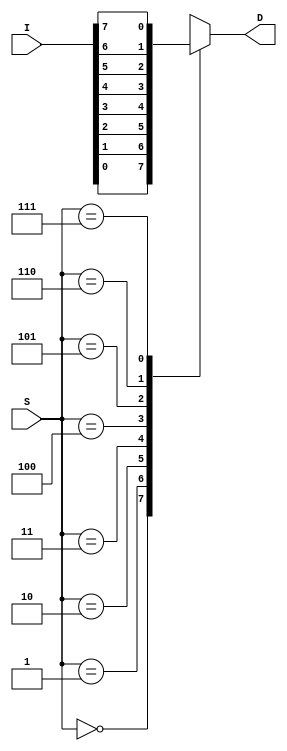
module mux8_1 (I, S, D);
input [7:0] I;
input [2:0] S;
output D;
reg D;
always @ (I, S)
begin
 case(S)
 3'd0: D=I[0];
 3'd1: D=I[1];
 3'd2: D=I[2];
 3'd3: D=I[3];
 3'd4: D=I[4];
 3'd5: D=I[5];
 3'd6: D=I[6];
 3'd7: D=I[7];
default: D=1'BZ;
endcase
end
endmodule

module mux8_1_tb;

wire D;

reg [2:0]S;
reg [7:0]I;

mux8_1 mux( .D(D), .I(I), .S(S) );

initial begin
$monitor(S,I,D);

S=3'b000;
I=8'b10111011;
end 

always #20 
S=S+3'b001;

endmodule